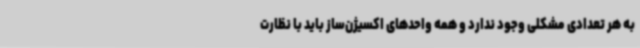
به هر تعدادی مشکلی وجود ندارد و همه واحدهای اکسیژن‌ساز باید با نظارت